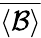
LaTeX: \overline{{\left\langle\mathcal{B}\right\rangle}}